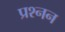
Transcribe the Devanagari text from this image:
प्रश्नन